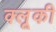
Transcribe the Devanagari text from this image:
क्लूकी